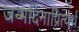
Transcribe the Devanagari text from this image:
जन्मदिनाप्रित्यर्थ